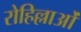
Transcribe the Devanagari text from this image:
रोहिल्लाओं